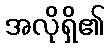
အလိုရှိ၏